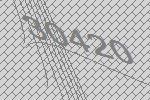
30420